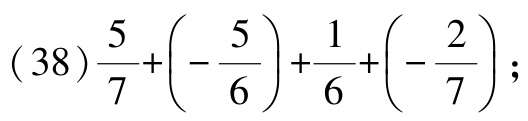
\((38)\frac{5}{7}+\left(-\frac{5}{6}\right)+\frac{1}{6}+\left(-\frac{2}{7}\right);\)